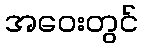
အဝေးတွင်